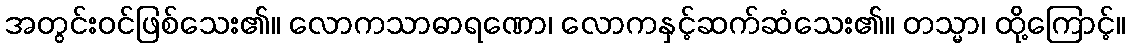
အတွင်းဝင်ဖြစ်သေး၏။ လောကသာဓာရဏော၊ လောကနှင့်ဆက်ဆံသေး၏။ တသ္မာ၊ ထို့ကြောင့်။